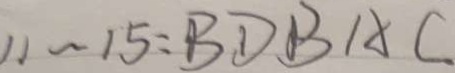
1 1 \sim 1 5 : B D B A C